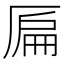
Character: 𠪂